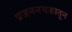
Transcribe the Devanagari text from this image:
प्रजननचक्रातून